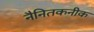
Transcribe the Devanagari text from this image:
नैनितकनीक